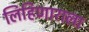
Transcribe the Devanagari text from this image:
लिहिणाराला